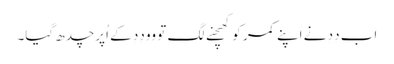
اَب دِدِ نے اَپنے کمر کو کھِچنے لگِ تو وو دِدِ کے اُپر چدھ گیا۔